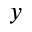
y